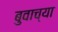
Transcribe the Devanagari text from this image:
बुवाच्या